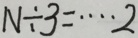
N \div 3 = \cdots 2